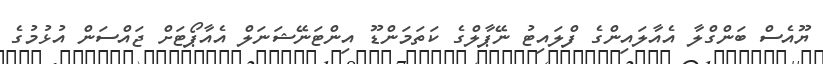
ޔޫއެސް ބަންގްލާ އެއާލައިންގެ ފްލައިޓު ނޭޕާލްގެ ކަތަމަންޑޫ އިންޓަނޭޝަނަލް އެއާޕޯޓަށް ޖައްސަން އުޅުމުގެ